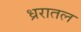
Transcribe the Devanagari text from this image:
ध्ररातल